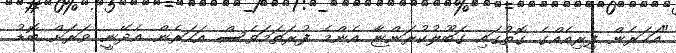
"އަހަރެން ފިރިއެއްގެ ގޮތުގައި ގަބޫލުކުރަންޏާ އެންމެ ފުރަތަމަވެސް އަހަރެން އެދޭނީ ވަރަށް ބޮޑު